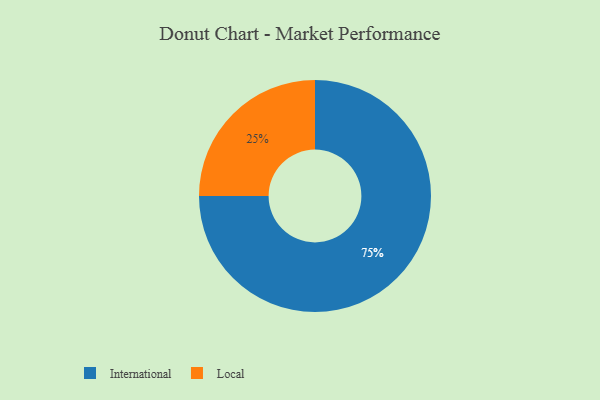
{"axis": {"x": "Category", "y": "Percentage"}, "legend": ["International", "Local"], "data": [{"x": "International", "y": 75, "type": "International"}, {"x": "Local", "y": 25, "type": "Local"}]}